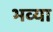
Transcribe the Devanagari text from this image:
भव्‍या